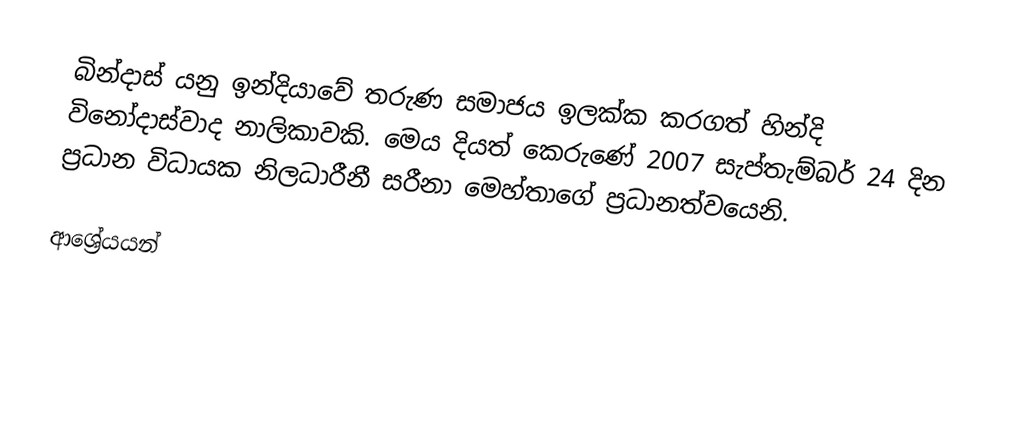
බින්දාස් යනු ඉන්දියාවේ තරුණ සමාජය ඉලක්ක කරගත් හින්දි විනෝදාස්වාද නාලිකාවකි. මෙය දියත් කෙරුණේ 2007 සැප්තැම්බර් 24 දින ප්‍රධාන විධායක නිලධාරීනී සරීනා මෙහ්තාගේ ප්‍රධානත්වයෙනි.

ආශ්‍රේයයන්